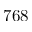
7 6 8